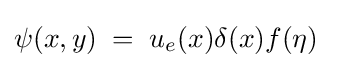
\psi (x,y)\;=\;u_{e}(x)\delta (x)f(\eta )\quad